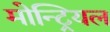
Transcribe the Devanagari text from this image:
मोन्ट्रियल